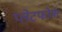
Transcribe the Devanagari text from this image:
प्लेटफोर्मर